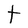
Character: t